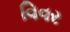
વિવર